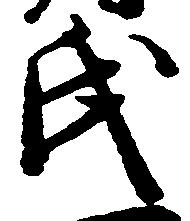
氏